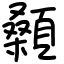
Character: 顙